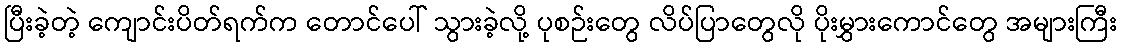
ပြီးခဲ့တဲ့ ကျောင်းပိတ်ရက်က တောင်ပေါ် သွားခဲ့လို့ ပုစဉ်းတွေ လိပ်ပြာတွေလို ပိုးမွှားကောင်တွေ အများကြီး